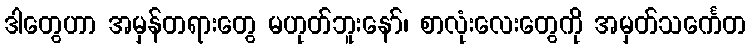
ဒါတွေဟာ အမှန်တရားတွေ မဟုတ်ဘူးနော်၊ စာလုံးလေးတွေကို အမှတ်သင်္ကေတ